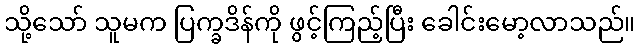
သို့သော် သူမက ပြက္ခဒိန်ကို ဖွင့်ကြည့်ပြီး ခေါင်းမော့လာသည်။